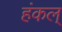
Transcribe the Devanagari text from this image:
हंकल्